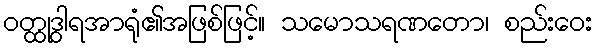
ဝတ္ထုဒွါရအာရုံ၏အဖြစ်ဖြင့်။ သမောသရဏတော၊ စည်းဝေး